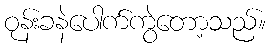
ဝုန်းခနဲပေါက်ကွဲတော့သည်။